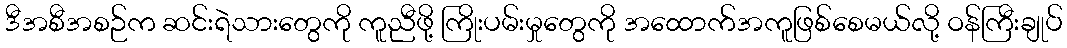
ဒီအစီအစဉ်က ဆင်းရဲသားတွေကို ကူညီဖို့ ကြိုးပမ်းမှုတွေကို အထောက်အကူဖြစ်စေမယ်လို့ ဝန်ကြီးချုပ်